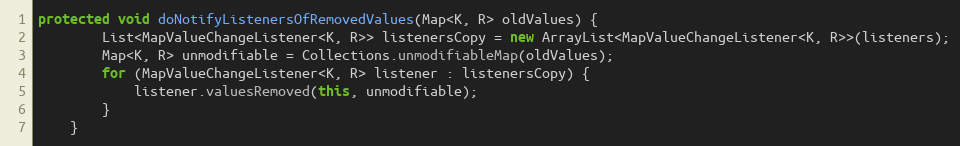
Language: Java
protected void doNotifyListenersOfRemovedValues(Map<K, R> oldValues) {
        List<MapValueChangeListener<K, R>> listenersCopy = new ArrayList<MapValueChangeListener<K, R>>(listeners);
        Map<K, R> unmodifiable = Collections.unmodifiableMap(oldValues);
        for (MapValueChangeListener<K, R> listener : listenersCopy) {
            listener.valuesRemoved(this, unmodifiable);
        }
    }